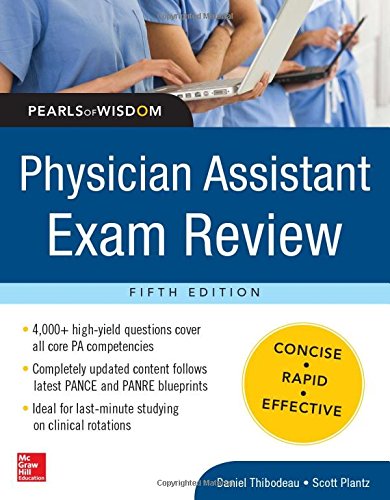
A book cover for Physician Assistant Exam Review, Pearls of Wisdom; Daniel Thibodeau; Medical Books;